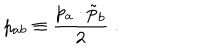
p _ { a b } \equiv \frac { p _ { a } \cdot \tilde { p } _ { b } } { 2 } \; .